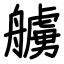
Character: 艣